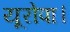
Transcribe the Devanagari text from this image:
यूरोपा।